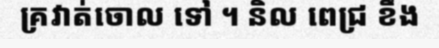
គ្រវាត់ចោល ទៅ ។ និល ពេជ្រ ខឹង